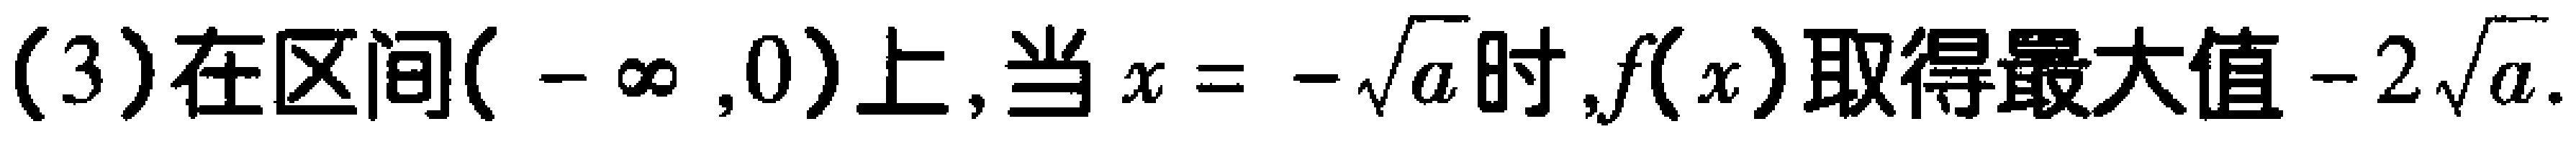
(3)在区间$(-\infty ,0)$上,当$x = -\sqrt{a}$时,$f(x)$取得最大值$-2\sqrt{a}$.